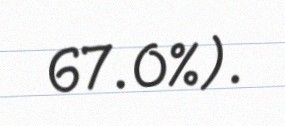
67.0%).